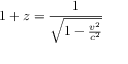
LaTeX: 1 + z = { \frac { 1 } { \sqrt { 1 - { \frac { v ^ { 2 } } { c ^ { 2 } } } } } }